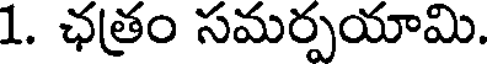
1. ఛత్రం సమర్పయామి.